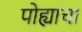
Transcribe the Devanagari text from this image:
पोह्याचा